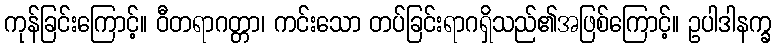
ကုန်ခြင်းကြောင့်။ ဝီတရာဂတ္တာ၊ ကင်းသော တပ်ခြင်းရာဂရှိသည်၏အဖြစ်ကြောင့်။ ဥပါဒါနက္ခ